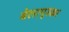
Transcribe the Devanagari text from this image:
बेलापूरकर